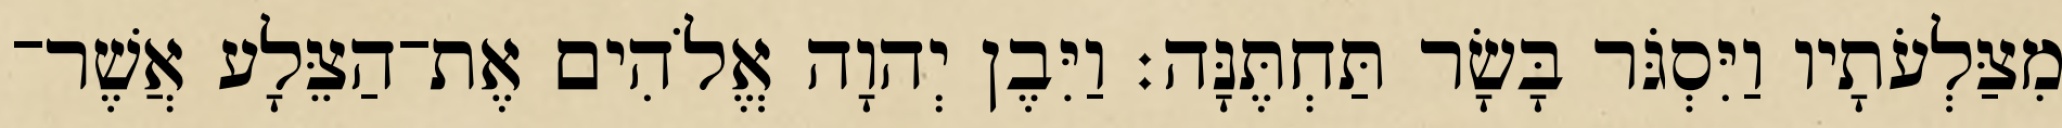
מִצַּלְעֹתָיו וַיִּסְגֹּר בָּשָׂר תַּחְתֶּנָּה׃ וַיִּבֶן יְהוָה אֱלֹהִים אֶת־הַצֵּלָע אֲשֶׁר־